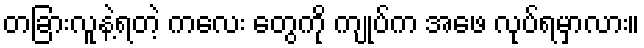
တခြားလူနဲ့ရတဲ့ ကလေး တွေကို ကျုပ်က အဖေ လုပ်ရမှာလား။